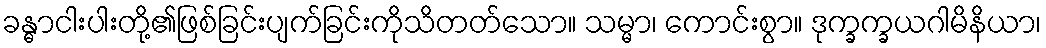
ခန္ဓာငါးပါးတို့၏ဖြစ်ခြင်းပျက်ခြင်းကိုသိတတ်သော။ သမ္မာ၊ ကောင်းစွာ။ ဒုက္ခက္ခယဂါမိနိယာ၊